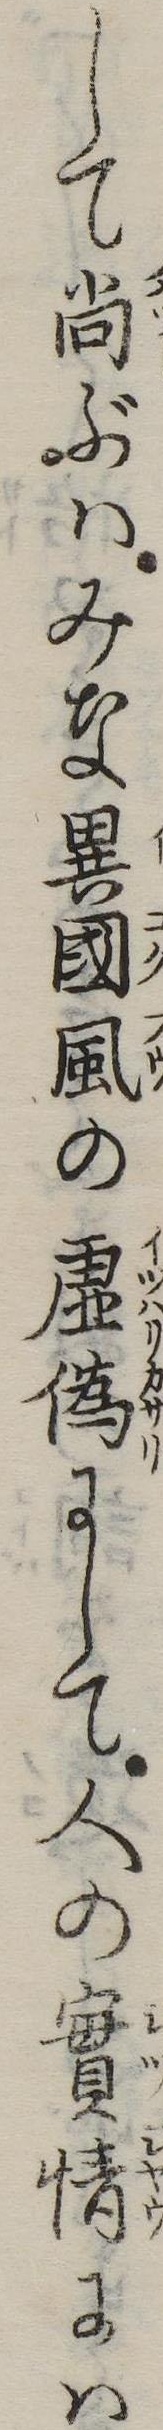
して尚ぶはみな異国風の虚偽にして人の実情には